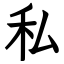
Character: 私